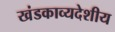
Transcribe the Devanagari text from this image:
खंडकाव्यदेशीय